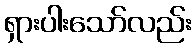
ရှားပါးသော်လည်း